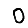
Digit: 0